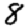
Digit: 8